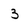
Character: 3